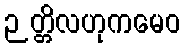
ဉတ္တိလဟုကမေဝ